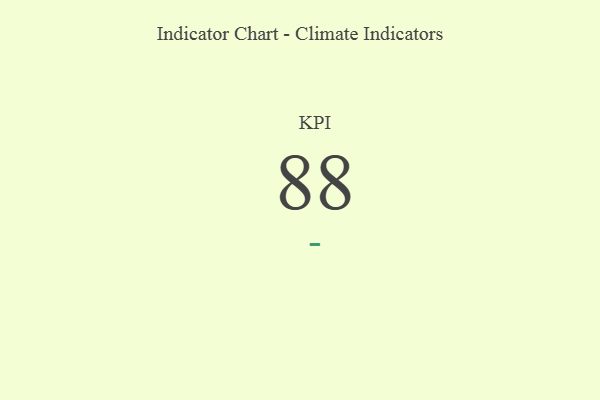
{"axis": {"x": "KPI", "y": "Value"}, "legend": [""], "data": [{"x": "KPI", "y": 88, "type": ""}]}